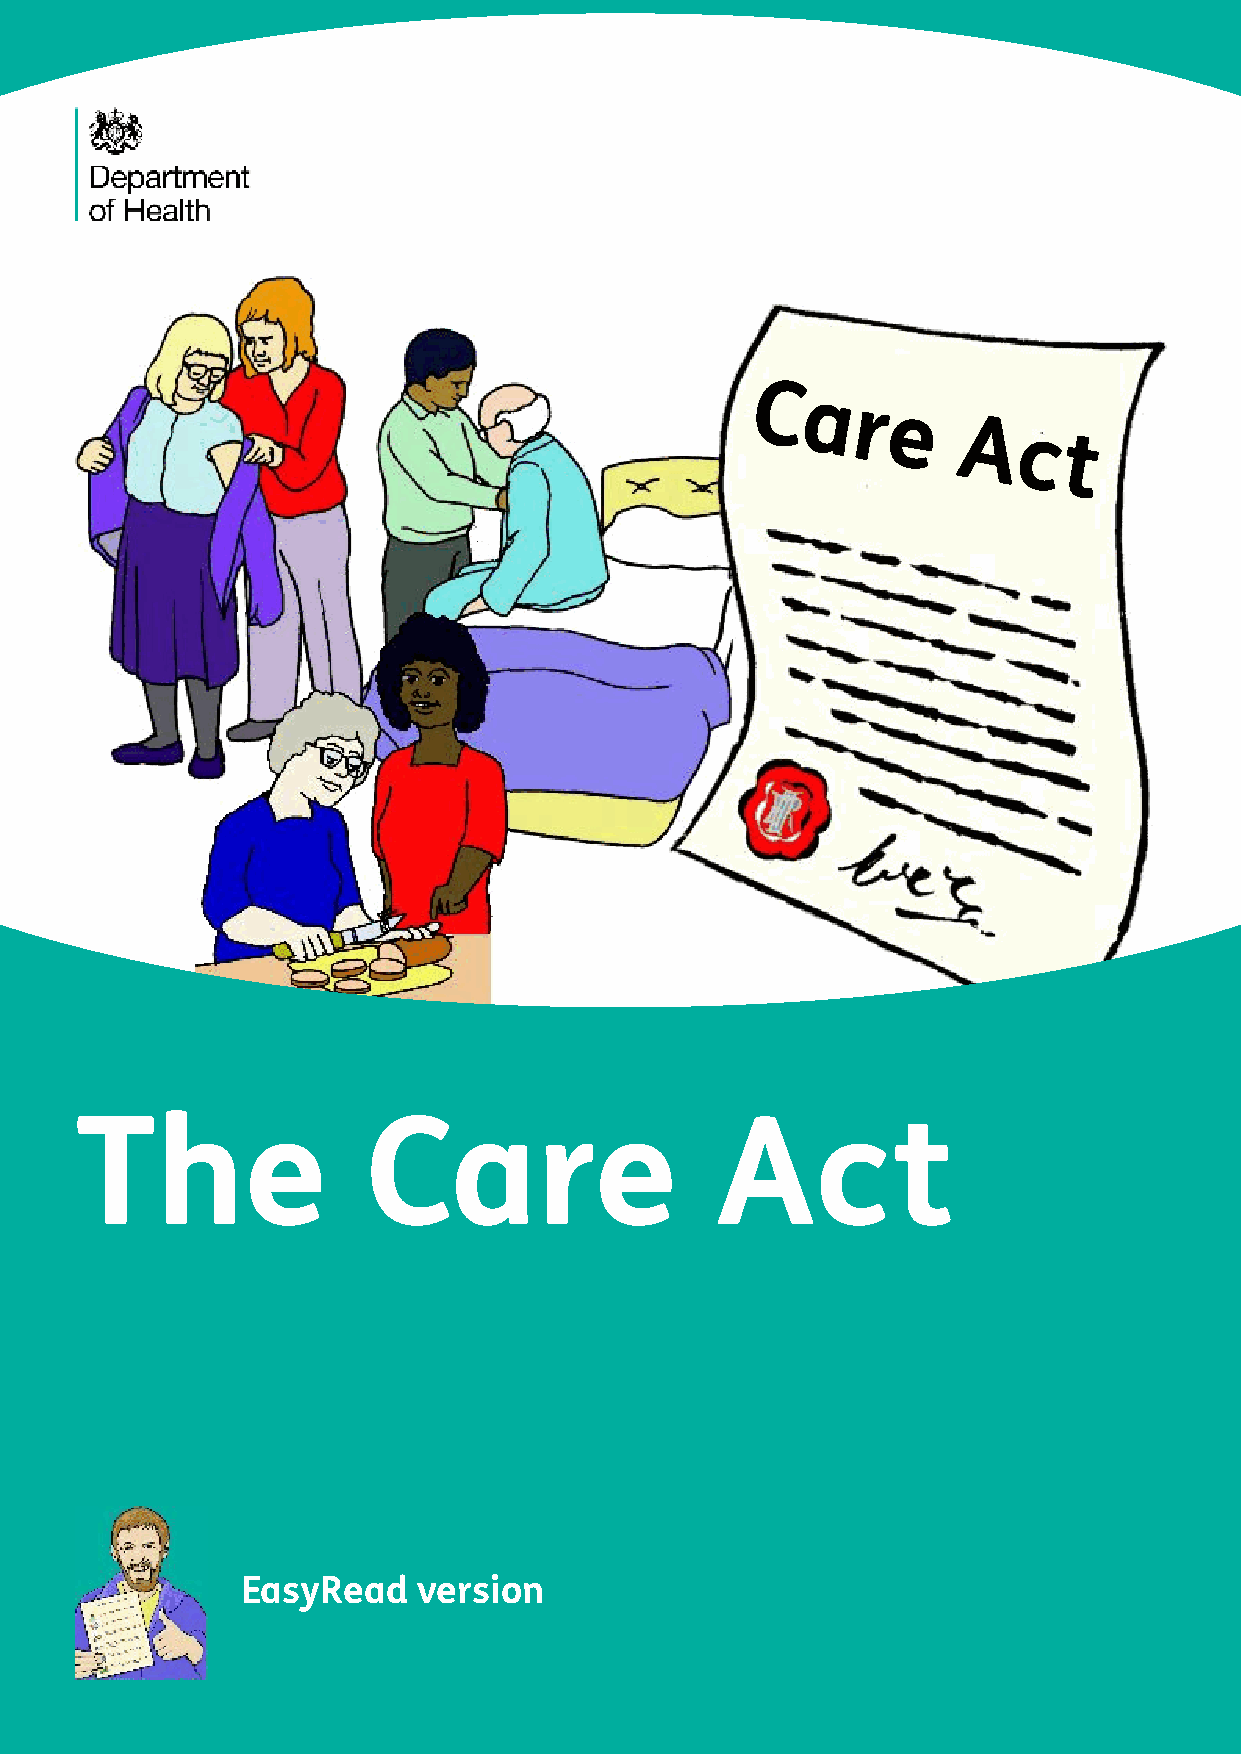
C
 ar
 e
 A
 c
 t
 The                Care                   Act
 EasyRead    version